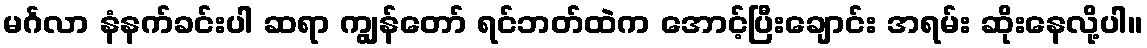
မင်္ဂလာ နံနက်ခင်းပါ ဆရာ ကျွန်တော် ရင်ဘတ်ထဲက အောင့်ပြီးချောင်း အရမ်း ဆိုးနေလို့ပါ။